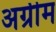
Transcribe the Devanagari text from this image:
अग्रीम